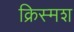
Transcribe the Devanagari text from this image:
क्रिस्मश